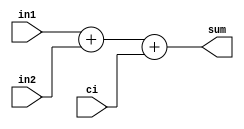

//=======================================================
//  This code is generated by Terasic System Builder
//=======================================================

module add3_ref(

input [2:0] in1,
input [2:0] in2,
input        ci,

output [3:0] sum
//output       co

);


assign sum = in1 + in2 + ci;


endmodule